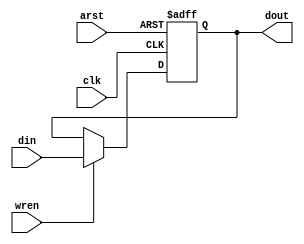
/*--  *******************************************************
--  Computer Architecture Course, Laboratory Sources 
--  Amirkabir University of Technology (Tehran Polytechnic)
--  Department of Computer Engineering (CE-AUT)
--  https://ce[dot]aut[dot]ac[dot]ir
--  *******************************************************
--  All Rights reserved (C) 2019-2020
--  *******************************************************
--  Student ID  : 
--  Student Name: 
--  Student Mail: 
--  *******************************************************
--  Additional Comments:
--
--*/

/*-----------------------------------------------------------
---  Module Name: Memory Unit
---  Description: Module6:
-----------------------------------------------------------*/
`timescale 1 ns/1 ns

module MemoryUnit (
	input         arst , // async  reset
	input         clk  , // clock  posedge
	input         wren , // write  enabledata
	input  [34:0] din  , // input  data
	output reg [34:0] dout   // output data
);

	always @(posedge clk or posedge arst) begin
			if(arst) dout<=0;
			else begin
			if(wren) 
				 dout <= din;
			end
		end

endmodule